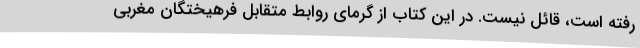
رفته است، قائل نیست. در این کتاب از گرمای روابط متقابل فرهیختگان مغربی